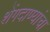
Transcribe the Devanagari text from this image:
शेंगदाण्यांचा